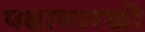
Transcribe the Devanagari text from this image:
पक्षासारखी